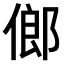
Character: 𠌇